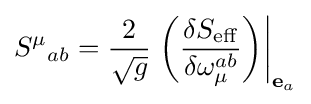
{S^{\mu }}_{ab}={\frac {2}{\sqrt {g}}}\left.\left({\frac {\delta S_{\rm {eff}}}{\delta \omega _{\mu }^{ab}}}\right)\right|_{{\bf {e}}_{a}}